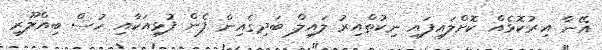
އޭނާ އިރުކޮޅެއް ކޮށްލައިފައި ނިކުތްއިރު ލައިލް ބަދިގެއިން ފެން ފުޅިއަކާއި ހުސް ބިއްލޫރި